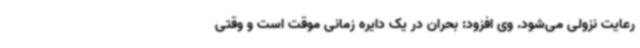
رعایت نزولی می‌شود. وی افزود: بحران در یک دایره زمانی موقت است و وقتی